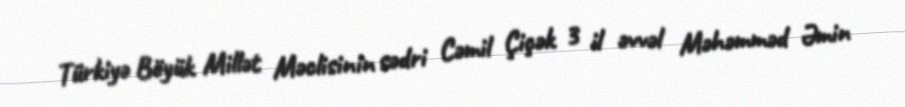
Türkiyə Böyük Millət Məclisinin sədri Cəmil Çiçək 3 il əvvəl Məhəmməd Əmin